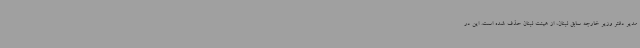
مدیر دفتر وزیر خارجه سابق لبنان، از هیئت لبنان حذف شده است. این در